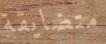
متضايقة